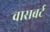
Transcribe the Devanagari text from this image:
वासबर्ट